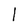
Character: l